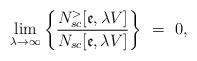
LaTeX: \begin{align*}\lim_{\lambda \rightarrow \infty }\bigg\{\frac{N_{sc}^{>}[\mathfrak{e},\lambda V]}{N_{sc}[\mathfrak{e},\lambda V]}\bigg\}\ =\ 0, \end{align*}